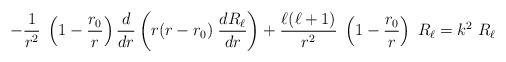
LaTeX: \begin{align*}- {1\over r^2} \; \left(1-{r_0\over r}\right) {d\over dr} \left( r(r-r_0)\; {dR_\ell\over dr} \right) + {\ell(\ell+1)\over r^2}\; \left(1-{r_0\over r}\right)\;R_\ell =k^2 \; R_\ell\end{align*}